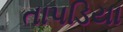
તાપડિયા